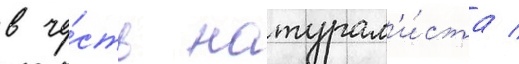
в че́сть натурал'и́ста /